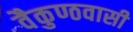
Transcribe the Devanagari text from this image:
वैकुण्ठवासी